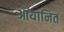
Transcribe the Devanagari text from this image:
आयानित